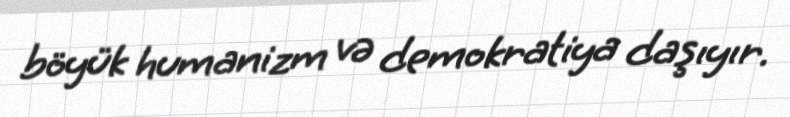
böyük humanizm və demokratiya daşıyır.